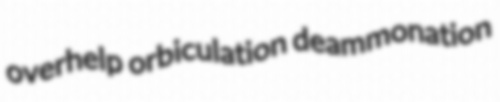
overhelp orbiculation deammonation